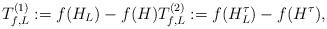
LaTeX: \begin{align*} T_{f,L}^{(1)} := f(H_{L}) - f(H) T_{f,L}^{(2)} := f(H_{L}^{\tau}) - f(H^{\tau}),\end{align*}